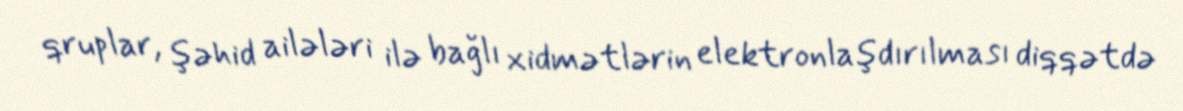
qruplar, şəhid ailələri ilə bağlı xidmətlərin elektronlaşdırılması diqqətdə